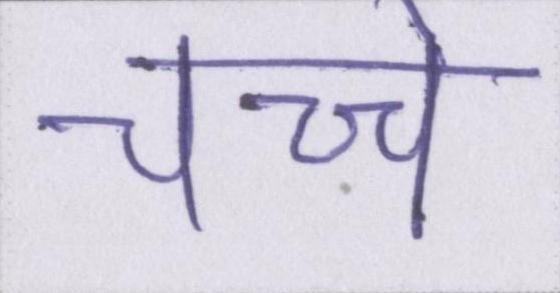
चच्चे